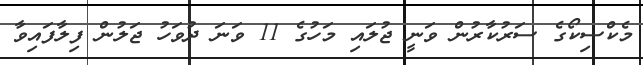
މެކްސިކޯގެ ސަރުކާރުން ވަނީ ޖުލައި މަހުގެ 11 ވަނަ ދުވަހު ޖަލުން ފިލާފައިވާ